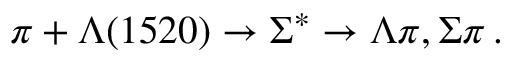
\pi + \Lambda ( 1 5 2 0 ) \rightarrow \Sigma ^ { * } \rightarrow \Lambda \pi , \Sigma \pi \, .